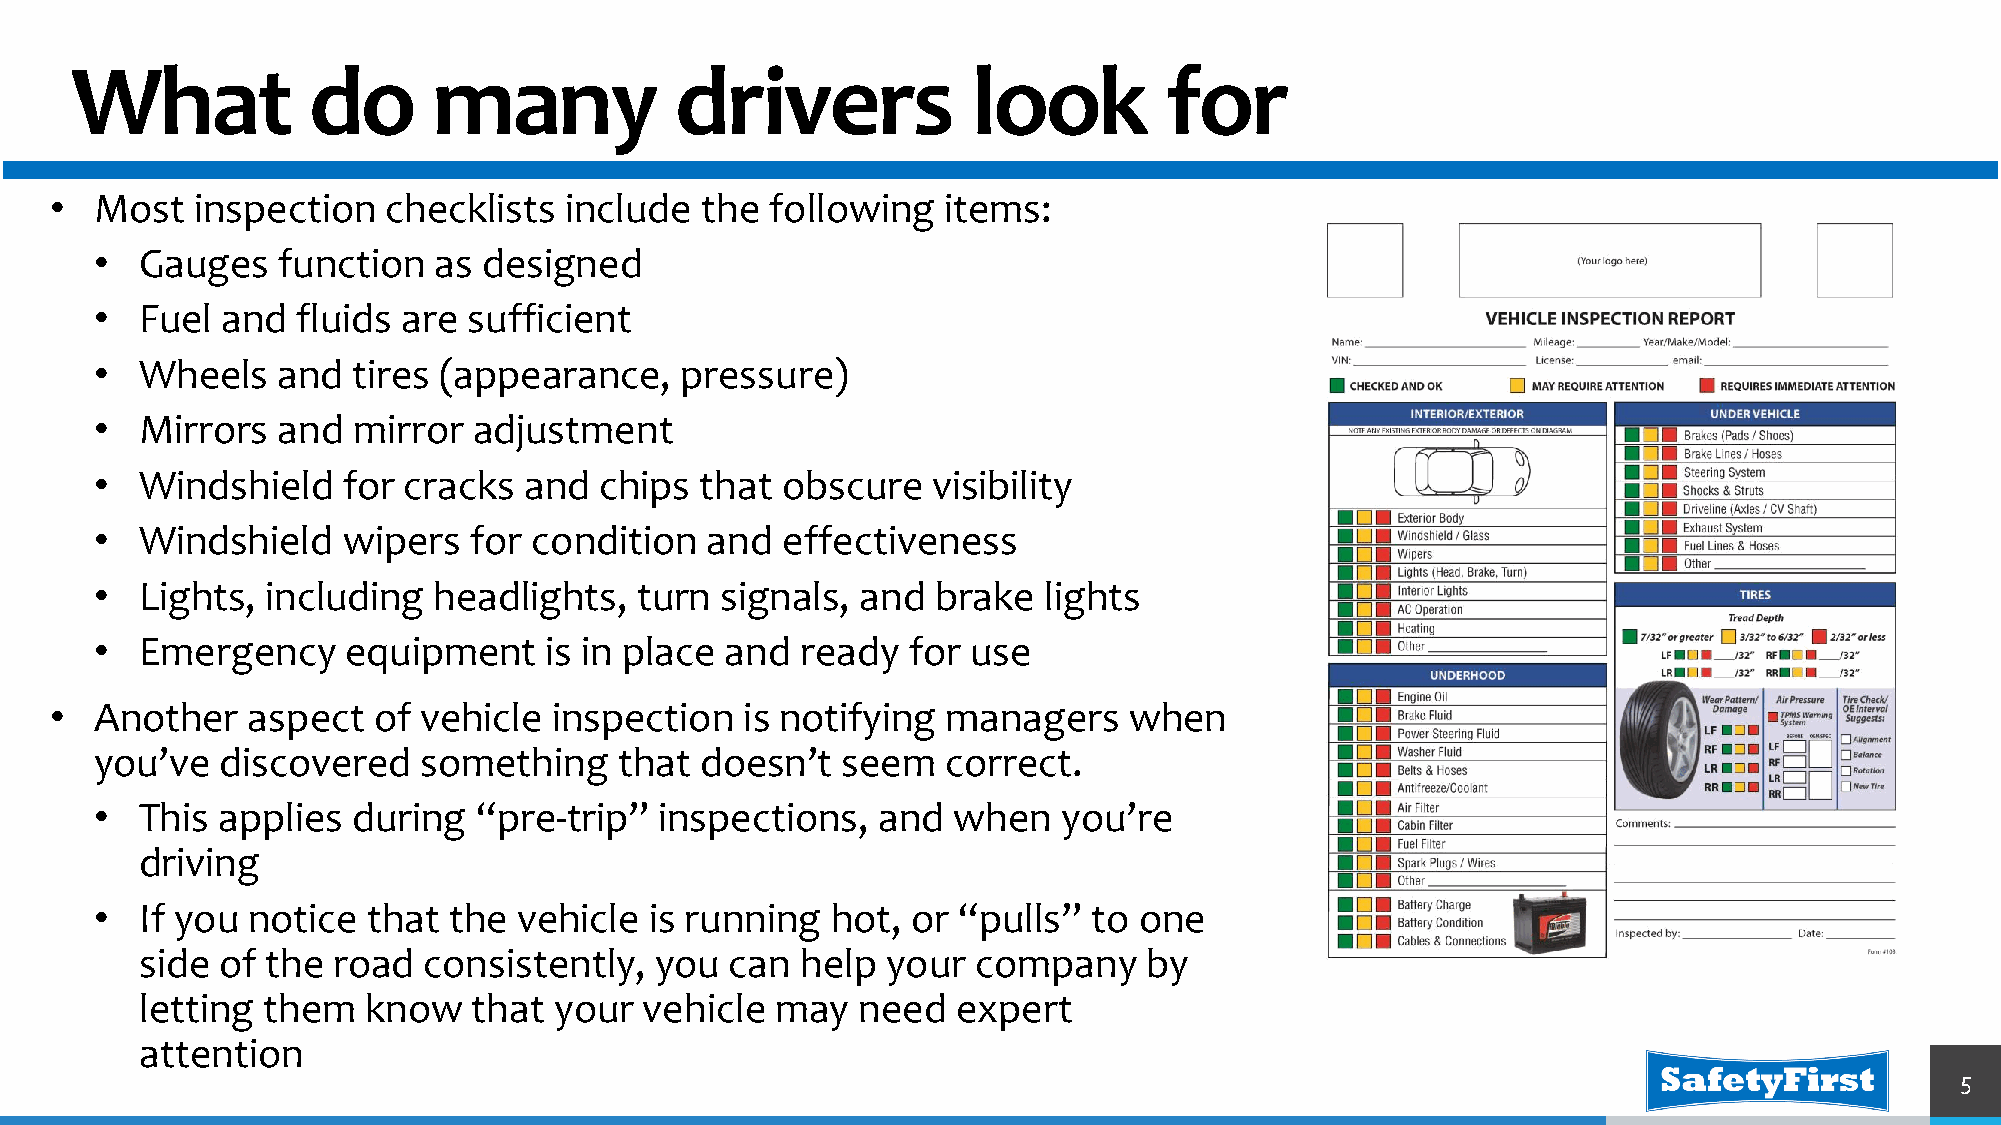
What           do       many            drivers            look         for
 •  Most   inspection   checklists include  the  following  items:
 •  Gauges   function   as designed
 •  Fuel  and  fluids are sufficient
 •  Wheels   and  tires (appearance,    pressure)
 •  Mirrors  and  mirror  adjustment
 •  Windshield    for cracks  and  chips that  obscure   visibility
 •  Windshield    wipers  for condition   and  effectiveness
 •  Lights,  including  headlights,  turn  signals, and  brake  lights
 •  Emergency     equipment    is in place and  ready  for use
 •  Another   aspect   of vehicle  inspection  is notifying  managers    when
 you’ve   discovered   something    that doesn’t   seem   correct.
 •  This applies  during  “pre-trip”   inspections,  and  when   you’re
 driving
 •  If you notice  that  the vehicle  is running  hot, or “pulls”  to one
 side  of the road  consistently,  you  can  help  your  company    by
 letting them   know   that  your  vehicle may   need  expert
 attention
 5